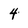
Character: 4